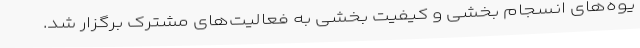
یوه‌های انسجام ‌بخشی و کیفیت ‌بخشی به فعالیت‌های مشترک برگزار شد.